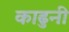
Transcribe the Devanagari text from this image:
काढुनी